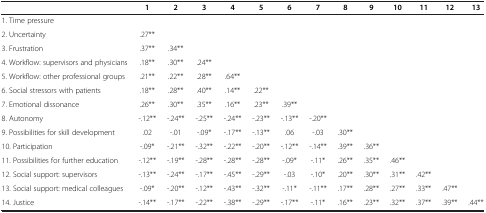
<table><thead><tr><td><b> </b></td><td><b>1</b></td><td><b>2</b></td><td><b>3</b></td><td><b>4</b></td><td><b>5</b></td><td><b>6</b></td><td><b>7</b></td><td><b>8</b></td><td><b>9</b></td><td><b>10</b></td><td><b>11</b></td><td><b>12</b></td><td><b>13</b></td></tr></thead><tbody><tr><td>1. Time pressure</td><td> </td><td> </td><td> </td><td> </td><td> </td><td> </td><td> </td><td> </td><td> </td><td> </td><td> </td><td> </td><td> </td></tr><tr><td>2. Uncertainty</td><td>.27**</td><td> </td><td> </td><td> </td><td> </td><td> </td><td> </td><td> </td><td> </td><td> </td><td> </td><td> </td><td> </td></tr><tr><td>3. Frustration</td><td>.37**</td><td>.34**</td><td> </td><td> </td><td> </td><td> </td><td> </td><td> </td><td> </td><td> </td><td> </td><td> </td><td> </td></tr><tr><td>4. Workflow: supervisors and physicians</td><td>.18**</td><td>.30**</td><td>.24**</td><td> </td><td> </td><td> </td><td> </td><td> </td><td> </td><td> </td><td> </td><td> </td><td> </td></tr><tr><td>5. Workflow: other professional groups</td><td>.21**</td><td>.22**</td><td>.28**</td><td>.64**</td><td> </td><td> </td><td> </td><td> </td><td> </td><td> </td><td> </td><td> </td><td> </td></tr><tr><td>6. Social stressors with patients</td><td>.18**</td><td>.28**</td><td>.40**</td><td>.14**</td><td>.22**</td><td> </td><td> </td><td> </td><td> </td><td> </td><td> </td><td> </td><td> </td></tr><tr><td>7. Emotional dissonance</td><td>.26**</td><td>.30**</td><td>.35**</td><td>.16**</td><td>.23**</td><td>.39**</td><td> </td><td> </td><td> </td><td> </td><td> </td><td> </td><td> </td></tr><tr><td>8. Autonomy</td><td>-.12**</td><td>-.24**</td><td>-.25**</td><td>-.24**</td><td>-.23**</td><td>-.13**</td><td>-.20**</td><td> </td><td> </td><td> </td><td> </td><td> </td><td> </td></tr><tr><td>9. Possibilities for skill development</td><td>.02</td><td>-.01</td><td>-.09*</td><td>-.17**</td><td>-.13**</td><td>.06</td><td>-.03</td><td>.30**</td><td> </td><td> </td><td> </td><td> </td><td> </td></tr><tr><td>10. Participation</td><td>-.09*</td><td>-.21**</td><td>-.32**</td><td>-.22**</td><td>-.20**</td><td>-.12**</td><td>-.14**</td><td>.39**</td><td>.36**</td><td> </td><td> </td><td> </td><td> </td></tr><tr><td>11. Possibilities for further education</td><td>-.12**</td><td>-.19**</td><td>-.28**</td><td>-.28**</td><td>-.28**</td><td>-.09*</td><td>-.11*</td><td>.26**</td><td>.35**</td><td>.46**</td><td> </td><td> </td><td> </td></tr><tr><td>12. Social support: supervisors</td><td>-.13**</td><td>-.24**</td><td>-.17**</td><td>-.45**</td><td>-.29**</td><td>-.03</td><td>-.10*</td><td>.20**</td><td>.30**</td><td>.31**</td><td>.42**</td><td> </td><td> </td></tr><tr><td>13. Social support: medical colleagues</td><td>-.09*</td><td>-.20**</td><td>-.12**</td><td>-.43**</td><td>-.32**</td><td>-.11*</td><td>-.11**</td><td>.17**</td><td>.28**</td><td>.27**</td><td>.33**</td><td>.47**</td><td> </td></tr><tr><td>14. Justice</td><td>-.14**</td><td>-.17**</td><td>-.22**</td><td>-.38**</td><td>-.29**</td><td>-.17**</td><td>-.11*</td><td>.16**</td><td>.23**</td><td>.32**</td><td>.37**</td><td>.39**</td><td>.44**</td></tr></tbody></table>